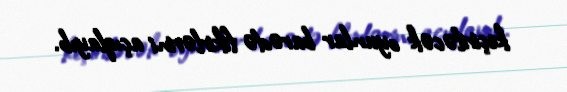
keçiriləcək oyunlar barədə fikirlərini açıqlayıb.